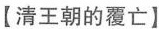
【清王朝的覆亡】